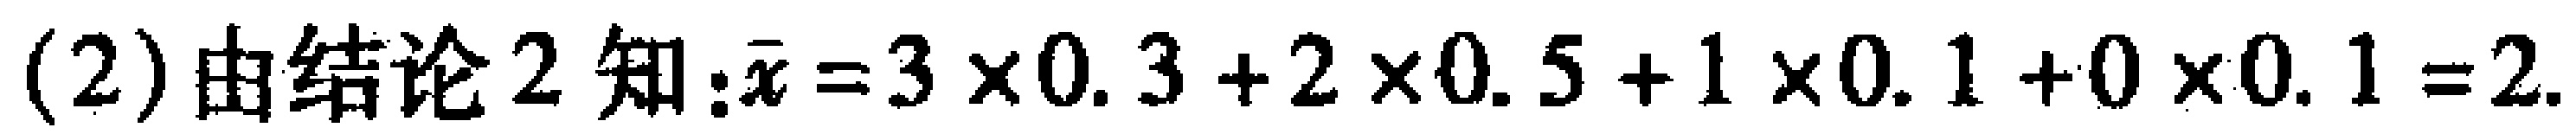
(2)由结论2知:$\bar{x}=3\times0.3 + 2\times0.5 + 1\times0.1 + 0\times0.1 = 2.$